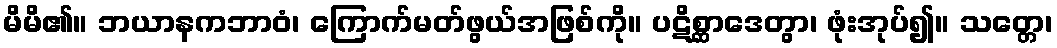
မိမိ၏။ ဘယာနကဘာဝံ၊ ကြောက်မတ်ဖွယ်အဖြစ်ကို။ ပဋိစ္ဆာဒေတွာ၊ ဖုံးအုပ်၍။ သတ္တေ၊